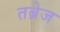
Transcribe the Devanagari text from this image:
तब्रेज